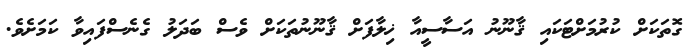
ގޮތަކަށް ކުރުމަށްޓަކައި ޤާނޫނު އަސާސީއާ ޚިލާފަށް ޤާނޫނުތަކަށް ވެސް ބަދަލު ގެނެސްފައިވާ ކަމަށެވެ.